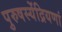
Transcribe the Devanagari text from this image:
पुरुषस्येंद्रियणां